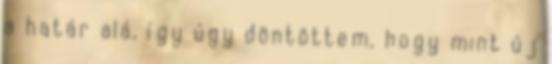
a határ alá, így úgy döntöttem, hogy mint új